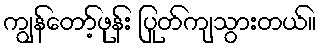
ကျွန်တော့်ဖုန်း ပြုတ်ကျသွားတယ်။